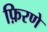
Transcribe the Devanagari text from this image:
फ़िरणे